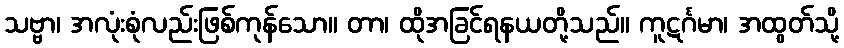
သဗ္ဗာ၊ အလုံးစုံလည်းဖြစ်ကုန်သော။ တာ၊ ထိုအခြင်ရနယတို့သည်။ ကူဋင်္ဂမာ၊ အထွတ်သို့